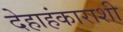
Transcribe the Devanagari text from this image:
देहाहंकाराशी